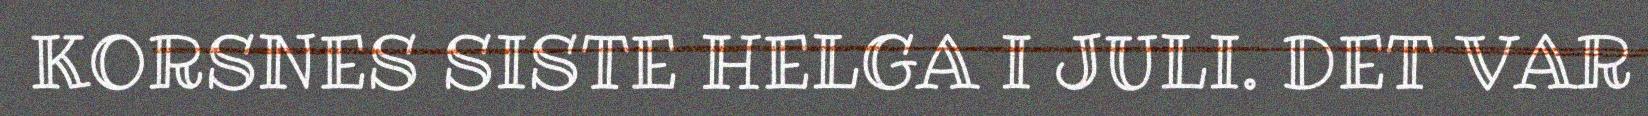
KORSNES SISTE HELGA I JULI. DET VAR